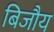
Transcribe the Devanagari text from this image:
बिजौय